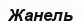
Жанель